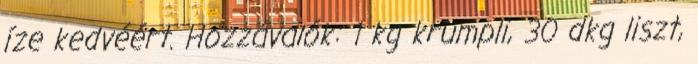
íze kedvéért. Hozzávalók: 1 kg krumpli, 30 dkg liszt,